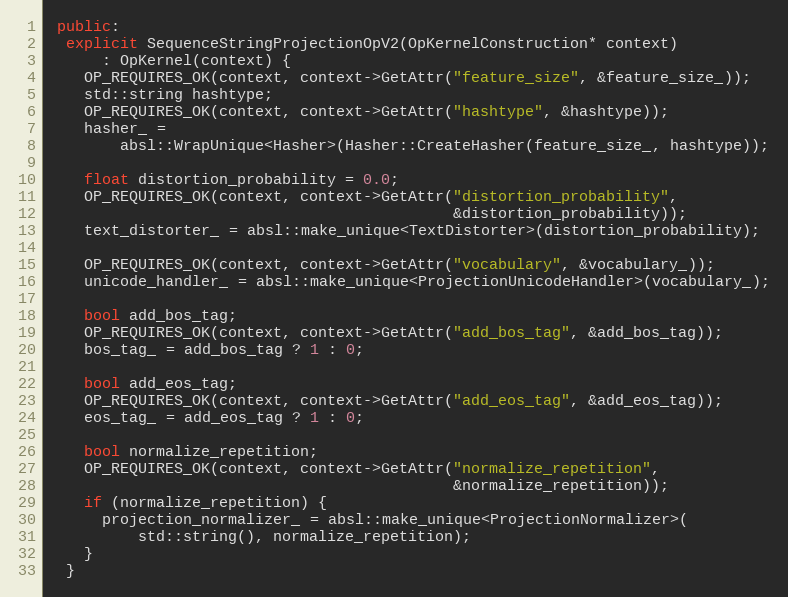
Language: C++
 public:
  explicit SequenceStringProjectionOpV2(OpKernelConstruction* context)
      : OpKernel(context) {
    OP_REQUIRES_OK(context, context->GetAttr("feature_size", &feature_size_));
    std::string hashtype;
    OP_REQUIRES_OK(context, context->GetAttr("hashtype", &hashtype));
    hasher_ =
        absl::WrapUnique<Hasher>(Hasher::CreateHasher(feature_size_, hashtype));

    float distortion_probability = 0.0;
    OP_REQUIRES_OK(context, context->GetAttr("distortion_probability",
                                             &distortion_probability));
    text_distorter_ = absl::make_unique<TextDistorter>(distortion_probability);

    OP_REQUIRES_OK(context, context->GetAttr("vocabulary", &vocabulary_));
    unicode_handler_ = absl::make_unique<ProjectionUnicodeHandler>(vocabulary_);

    bool add_bos_tag;
    OP_REQUIRES_OK(context, context->GetAttr("add_bos_tag", &add_bos_tag));
    bos_tag_ = add_bos_tag ? 1 : 0;

    bool add_eos_tag;
    OP_REQUIRES_OK(context, context->GetAttr("add_eos_tag", &add_eos_tag));
    eos_tag_ = add_eos_tag ? 1 : 0;

    bool normalize_repetition;
    OP_REQUIRES_OK(context, context->GetAttr("normalize_repetition",
                                             &normalize_repetition));
    if (normalize_repetition) {
      projection_normalizer_ = absl::make_unique<ProjectionNormalizer>(
          std::string(), normalize_repetition);
    }
  }